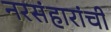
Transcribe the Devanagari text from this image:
नरसंहारांची